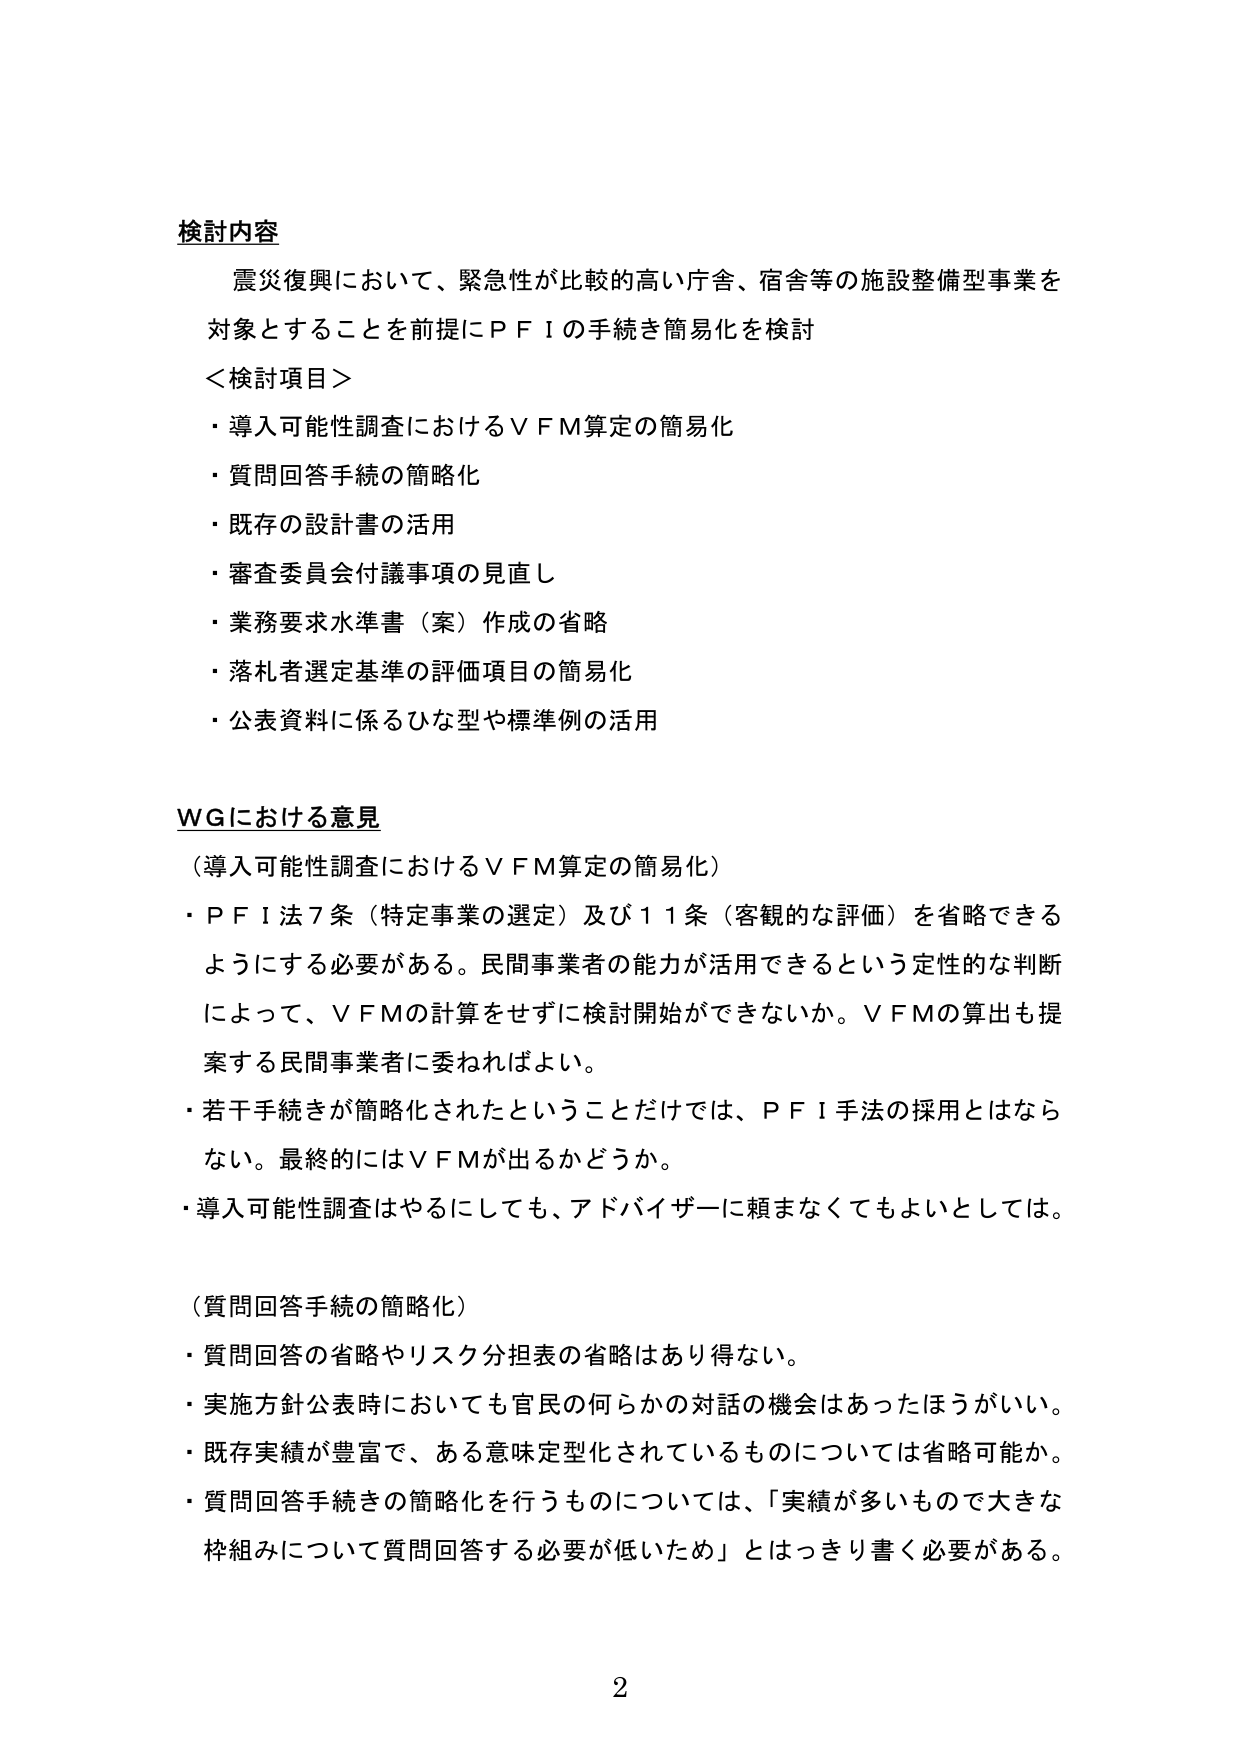
検討内容
震災復興において、緊急性が比較的高い庁舎、宿舎等の施設整備型事業を
対象とすることを前提にＰＦＩの手続き簡易化を検討

＜検討項目＞
・導入可能性調査におけるＶＦＭ算定の簡易化
・質問回答手続の簡略化
・既存の設計書の活用
・審査委員会付議事項の見直し
・業務要求水準書（案）作成の省略
・落札者選定基準の評価項目の簡易化
・公表資料に係るひな型や標準例の活用

ＷＧにおける意見
（導入可能性調査におけるＶＦＭ算定の簡易化）
・ＰＦＩ法７条（特定事業の選定）及び１１条（客観的な評価）を省略できる
ようにする必要がある。民間事業者の能力が活用できるという定性的な判断
によって、ＶＦＭの計算をせずに検討開始ができないか。ＶＦＭの算出も提
案する民間事業者に委ねればよい。
・若干手続きが簡略化されたということだけでは、ＰＦＩ手法の採用とはなら
ない。最終的にはＶＦＭが出るかどうか。
・導入可能性調査はやるにしても、アドバイザーに頼まなくてもよいとしては。

（質問回答手続の簡略化）
・質問回答の省略やリスク分担表の省略はあり得ない。
・実施方針公表時においても官民の何らかの対話の機会はあったほうがいい。
・既存実績が豊富で、ある意味定型化されているものについては省略可能か。
・質問回答手続きの簡略化を行うものについては、「実績が多いもので大きな
枠組みについて質問回答する必要が低いため」とはっきり書く必要がある。

2